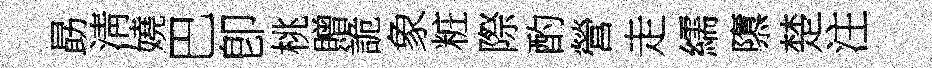
勗淸嬈巴卽桃贈詭象粧際酌營走繻隳楚注